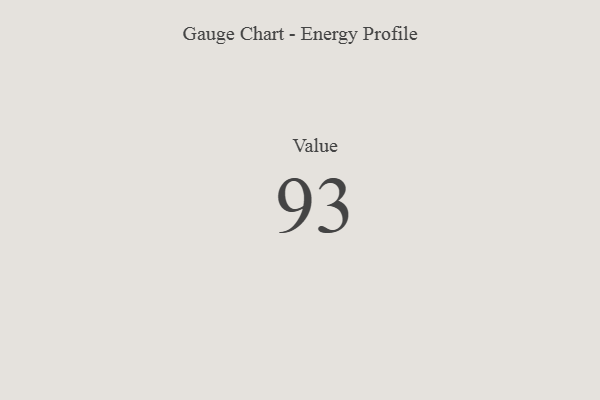
{"axis": {"x": "Metric", "y": "Value"}, "legend": [""], "data": [{"x": "Value", "y": 93, "type": ""}]}